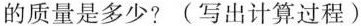
的质量是多少?（写出计算过程）